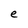
Character: e